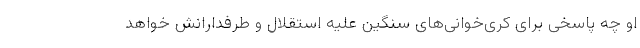
او چه پاسخی برای کری‌خوانی‌های سنگین علیه استقلال و طرفدارانش خواهد